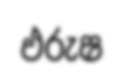
ඵරුෂ